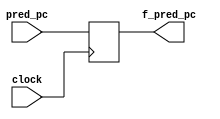
`timescale 1ns / 1ps

module fetch_register(pred_pc,f_pred_pc,clock);  
  input clock;
  input [63:0] pred_pc;
  output reg [63:0] f_pred_pc;

  always@(posedge clock)
  begin
    f_pred_pc <= pred_pc;
  end
endmodule